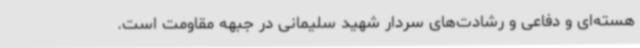
هسته‌ای و دفاعی و رشادت‌های سردار شهید سلیمانی در جبهه مقاومت است.